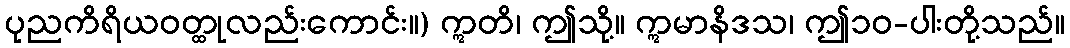
ပုညကိရိယဝတ္ထုလည်းကောင်း။) ဣတိ၊ ဤသို့။ ဣမာနိဒသ၊ ဤ၁၀-ပါးတို့သည်။